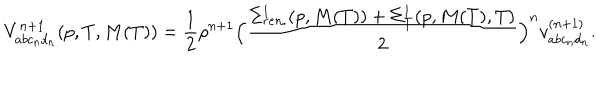
LaTeX: V _ { a b c _ { n } d _ { n } } ^ { n + 1 } ( p , T , M ( T ) ) = \frac { 1 } { 2 } \rho ^ { n + 1 } \Bigl ( \frac { \Sigma _ { r e n . } ^ { 1 } ( p , M ( T ) ) + \Sigma _ { T } ^ { 1 } ( p , M ( T ) , T ) } { 2 } \Bigr ) ^ { n } v _ { a b c _ { n } d _ { n } } ^ { ( n + 1 ) } .